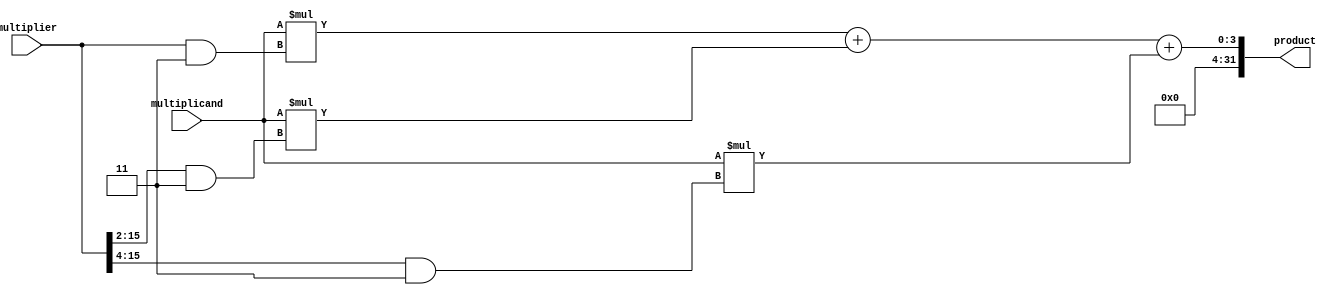
module wallace_tree_multiplier(
    input [15:0] multiplicand,
    input [15:0] multiplier,
    output reg [31:0] product
);

reg [31:0] partial_products [2:0];
reg [31:0] sum_1;
reg [31:0] sum_2;

initial begin
    product = 0;
end

always @* begin
    // Generate partial products using Wallace Tree
    partial_products[0] = multiplicand * (multiplier & 3);
    partial_products[1] = multiplicand * ((multiplier >> 2) & 3);
    partial_products[2] = multiplicand * ((multiplier >> 4) & 3);
    
    // Add partial products using Arithmetic blocks
    sum_1 = partial_products[0][1:0] + partial_products[1][1:0] + partial_products[2][1:0];
    sum_2 = partial_products[0][31:2] + partial_products[1][31:2] + partial_products[2][31:2];
    
    // Combine sums to get final product
    product = {sum_2, sum_1};
end

endmodule